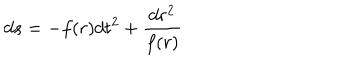
d s = - f ( r ) d t ^ { 2 } + \frac { d r ^ { 2 } } { f ( r ) }